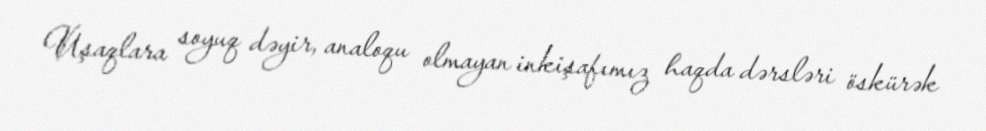
Uşaqlara soyuq dəyir, analoqu olmayan inkişafımız haqda dərsləri öskürək